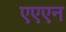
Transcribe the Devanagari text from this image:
एएएन